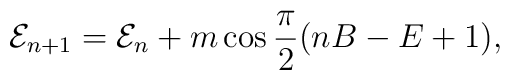
{\cal E}_{n+1}={\cal E}_n + m\cos\frac{\pi}{2}(nB-E+1),